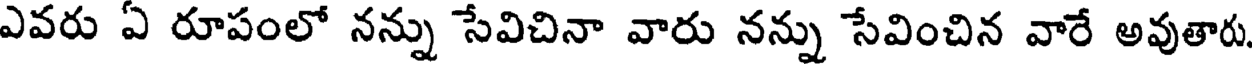
ఎవరు ఏ రూపంలో నన్ను సేవిచినా వారు నన్ను సేవించిన వారే అవుతారు